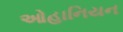
ઓહાનિયન